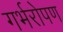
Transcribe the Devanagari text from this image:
गर्भरोपण